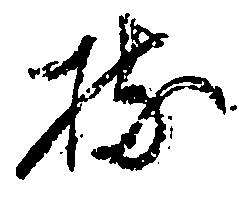
持